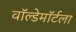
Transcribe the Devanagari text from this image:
वॉल्डेमॉर्टला